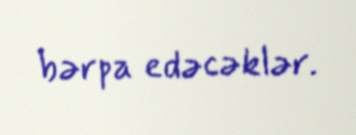
bərpa edəcəklər.